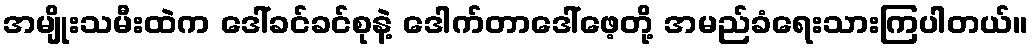
အမျိုးသမီးထဲက ဒေါ်ခင်ခင်စုနဲ့ ဒေါက်တာဒေါ်ဖေ့တို့ အမည်ခံရေးသားကြပါတယ်။